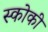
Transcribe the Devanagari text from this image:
स्कोकी